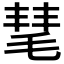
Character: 𣮝